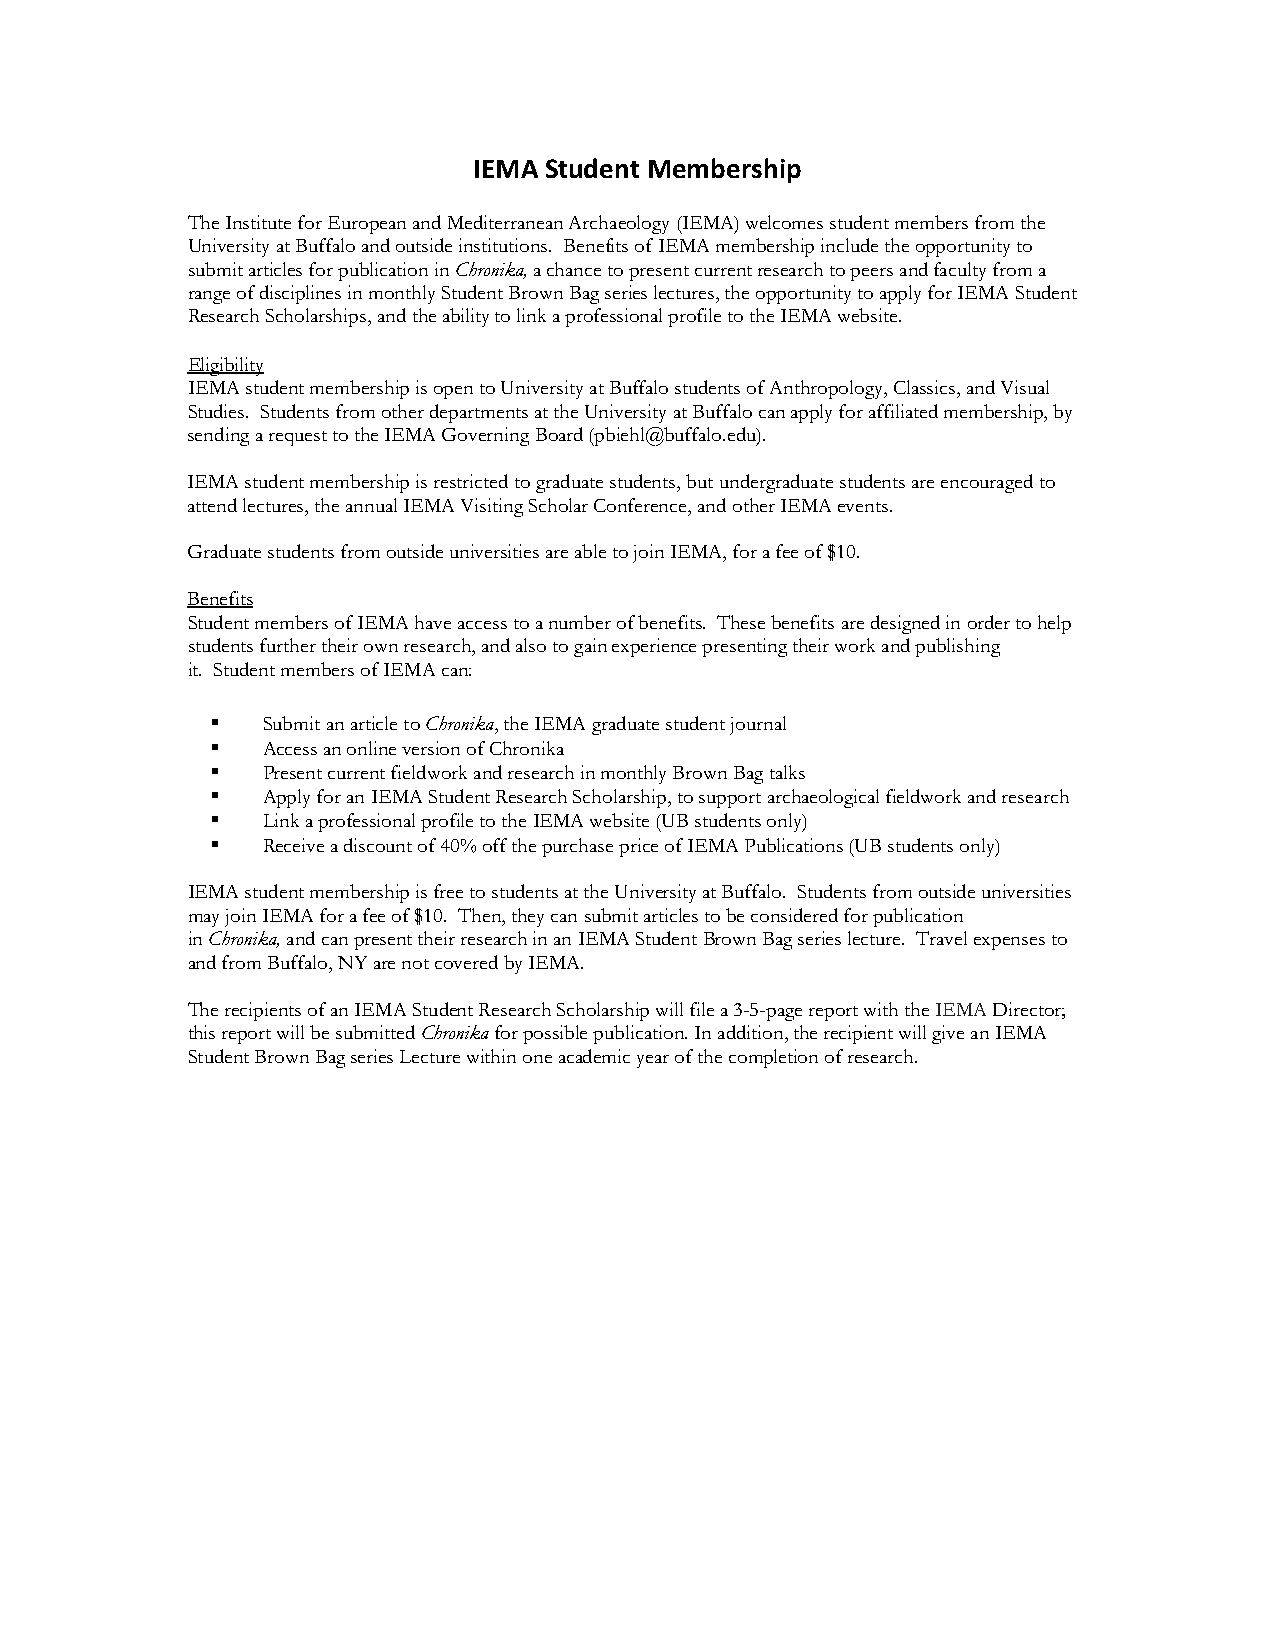
IEMA Student Membership
 The Institute for European and Mediterranean Archaeology (IEMA) welcomes student members from the
 University at Buffalo and outside institutions. Benefits of IEMA membership include the opportunity to
 submit articles for publication in Chronika, a chance to present current research to peers and faculty from a
 range of disciplines in monthly Student Brown Bag series lectures, the opportunity to apply for IEMA Student
 Research Scholarships, and the ability to link a professional profile to the IEMA website.
 Eligibility
 IEMA student membership is open to University at Buffalo students of Anthropology, Classics, and Visual
 Studies. Students from other departments at the University at Buffalo can apply for affiliated membership, by
 sending a request to the IEMA Governing Board (pbiehl@buffalo.edu).
 IEMA student membership is restricted to graduate students, but undergraduate students are encouraged to
 attend lectures, the annual IEMA Visiting Scholar Conference, and other IEMA events.
 Graduate students from outside universities are able to join IEMA, for a fee of $10.
 Benefits
 Student members of IEMA have access to a number of benefits. These benefits are designed in order to help
 students further their own research, and also to gain experience presenting their work and publishing
 it. Student members of IEMA can:
   Submit an article to Chronika, the IEMA graduate student journal
   Access an online version of Chronika
   Present current fieldwork and research in monthly Brown Bag talks
   Apply for an IEMA Student Research Scholarship, to support archaeological fieldwork and research
   Link a professional profile to the IEMA website (UB students only)
   Receive a discount of 40% off the purchase price of IEMA Publications (UB students only)
 IEMA student membership is free to students at the University at Buffalo. Students from outside universities
 may join IEMA for a fee of $10. Then, they can submit articles to be considered for publication
 in Chronika, and can present their research in an IEMA Student Brown Bag series lecture. Travel expenses to
 and from Buffalo, NY are not covered by IEMA.
 The recipients of an IEMA Student Research Scholarship will file a 3-5-page report with the IEMA Director;
 this report will be submitted Chronika for possible publication. In addition, the recipient will give an IEMA
 Student Brown Bag series Lecture within one academic year of the completion of research.